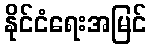
နိုင်ငံရေးအမြင်